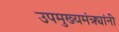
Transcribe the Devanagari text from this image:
उपमुख्यमंत्र्यांनी